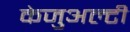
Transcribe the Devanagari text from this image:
केजुअल्टी